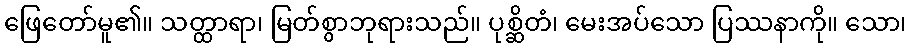
ဖြေတော်မူ၏။ သတ္ထာရာ၊ မြတ်စွာဘုရားသည်။ ပုစ္ဆိတံ၊ မေးအပ်သော ပြဿနာကို။ သော၊